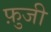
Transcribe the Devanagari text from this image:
फ़ुजी